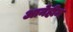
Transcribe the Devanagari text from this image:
आनेहीम